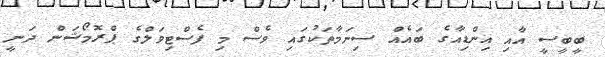
ބީބީސީ އާއި އިންޑިއާގެ ބައެއް ސިނަމާތަކުގައި ވެސް މި ފެސްޓިވަލްގެ ޕްރޮމޯޝަން ދަނީ